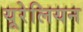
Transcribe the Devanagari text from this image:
यूरेलियन